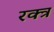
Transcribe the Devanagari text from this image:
रक्त्र